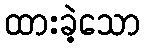
ထားခဲ့သော